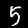
Digit: 5